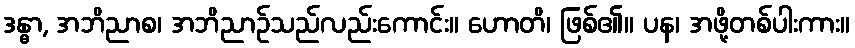
ဒန္ဓာ, အဘိညာစ၊ အဘိညာဉ်သည်လည်းကောင်း။ ဟောတိ၊ ဖြစ်၏။ ပန၊ အဖို့တစ်ပါးကား။